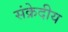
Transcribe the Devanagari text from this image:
संक्रेदीय